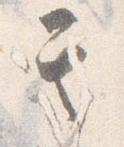
其